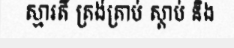
ស្មារតី ត្រង់ត្រាប់ ស្តាប់ និង